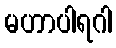
မဟာပါရဂါ